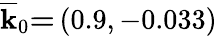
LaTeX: \overline{{\mathbf{k}}}_{0}\mathbf{=}\left(0.9,-0.033\right)